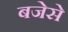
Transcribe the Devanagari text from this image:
बजेसे